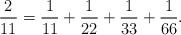
LaTeX: \begin{align*}\frac{2}{11} = \frac{1}{11} + \frac{1}{22} + \frac{1}{33} + \frac{1}{66}.\end{align*}